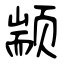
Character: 颛